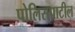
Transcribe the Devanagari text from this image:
पोलिसपाटील